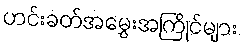
ဟင်းခတ်အမွှေးအကြိုင်များ